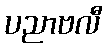
ပညာဗလီ